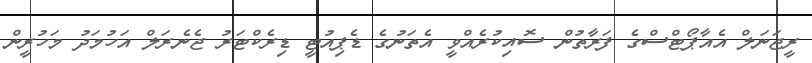
ރީޖަނަލް އެއާޕޯޓްސްގެ ފަރާތުން ސޮއިކުރެއްވީ އެތަނުގެ ޑެޕިއުޓީ ޑިރެކްޓަރު ޖެނެރަލް އަހުމަދު މަހުރީން